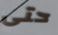
حتى